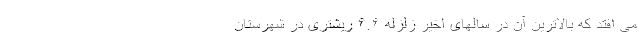
می افتد که بالاترین آن در سالهای اخیر زلزله ۶.۶ ریشتری در شهرستان